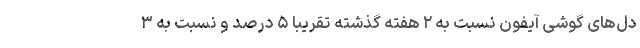
دل‌های گوشی آیفون نسبت به ۲ هفته گذشته تقریباً ۵ درصد و نسبت به ۳